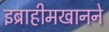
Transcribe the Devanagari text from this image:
इब्राहीमखानने